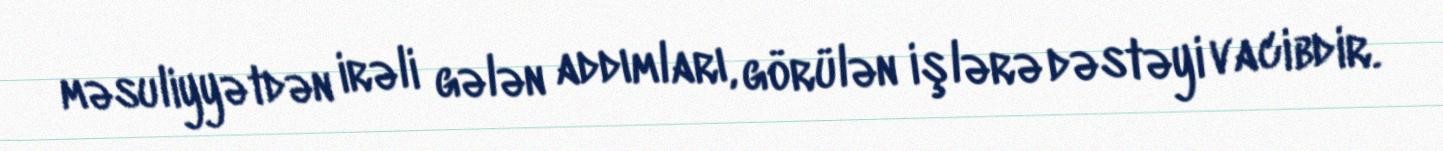
məsuliyyətdən irəli gələn addımları, görülən işlərə dəstəyi vacibdir.